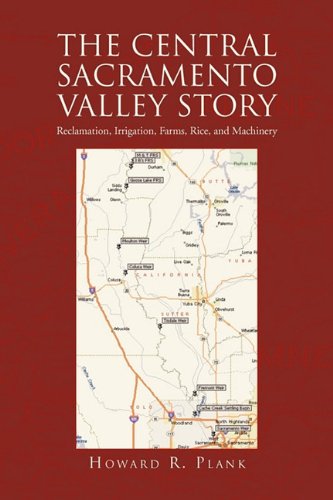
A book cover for The Central Sacramento Valley Story; Howard R. Plank; Science & Math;